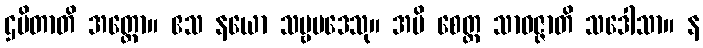
ဌပိတာတိ အတ္ထော။ ဧသ နယော သဗ္ဗပဒေသု။ အပိ စေတ္ထ သာဝဇ္ဇာတိ သဒေါသာ။ န